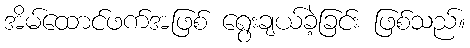
အိမ်ထောင်ဖက်အဖြစ် ရွေးချယ်ခဲ့ခြင်း ဖြစ်သည်။